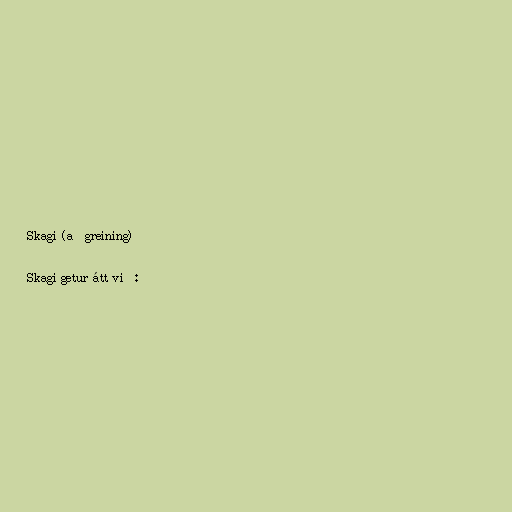
Skagi (aðgreining)

Skagi getur átt við: